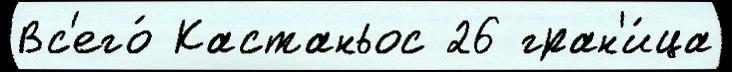
Вс'его́ Кастаньос 26 гран'и́ца